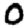
Digit: 0